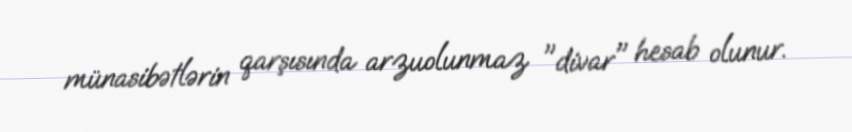
münasibətlərin qarşısında arzuolunmaz "divar" hesab olunur.